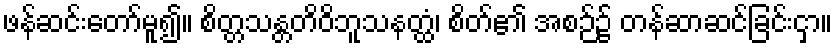
ဖန်ဆင်းတော်မူ၍။ စိတ္တသန္တတိဝိဘူသနတ္ထံ၊ စိတ်၏ အစဉ်၌ တန်ဆာဆင်ခြင်းငှာ။